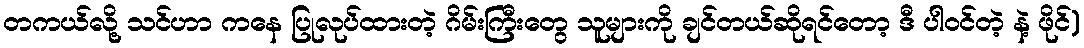
တကယ်လို့ သင်ဟာ ကနေ ပြုလုပ်ထားတဲ့ ဂိမ်းကြီးတွေ သူများကို ချင်တယ်ဆိုရင်တော့ ဒီ ပါဝင်တဲ့ နဲ့ ဖိုင်)